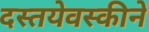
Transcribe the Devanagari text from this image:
दस्तयेवस्कीने